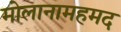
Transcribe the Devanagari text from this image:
मोलानामहमद